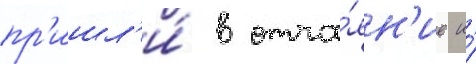
пр'ишл'и́ в отча́ян'ие и́